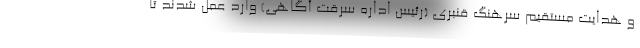
و هدایت مستقیم سرهنگ قنبری (رئیس اداره سرقت آگاهی) وارد عمل شدند تا